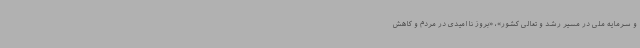
و سرمایه ملی در مسیر رشد و تعالی کشور»، «بروز ناامیدی در مردم و کاهش